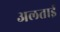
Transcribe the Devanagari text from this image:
अलताई